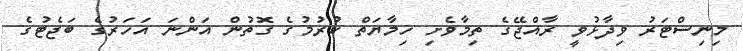
މިނިސްޓަރު ވިދާޅުވީ ރާއްޖޭގެ ތިމާވެށި ހިމާޔަތް ކުރުމުގެ ގޮތުން އަންނަ އަހަރުގެ ބަޖެޓުގެ